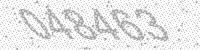
Solution: 048463